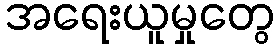
အရေးယူမှုတွေ